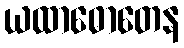
ယထာဓောတေန